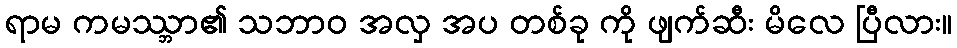
ရာမ ကမဿ္ဘာ၏ သဘာဝ အလှ အပ တစ်ခု ကို ဖျက်ဆီး မိလေ ပြီလား။